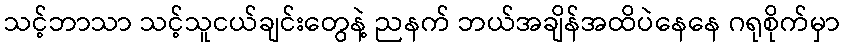
သင့်ဘာသာ သင့်သူငယ်ချင်းတွေနဲ့ ညနက် ဘယ်အချိန်အထိပဲနေနေ ဂရုစိုက်မှာ